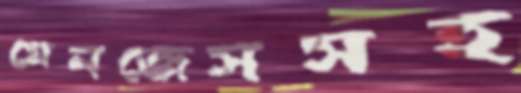
মেনজেসসহ